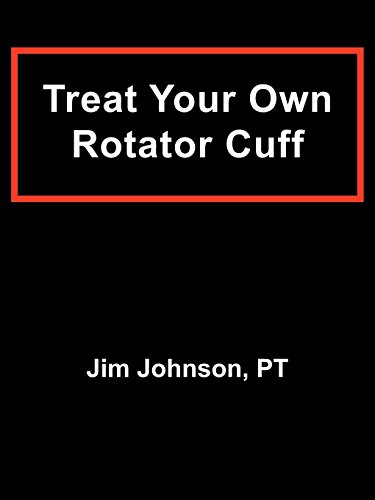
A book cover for Treat Your Own Rotator Cuff; Jim Johnson; Health, Fitness & Dieting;